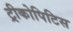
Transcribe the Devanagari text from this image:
ट्रीकोपिटिस